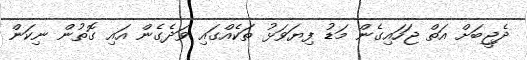
ދެޖީބަށް އަތް ޖަހައިގެން މަޑު ފިޔަވަޅު ތަކެއްގައި ވަދެގެން އައި ގޮތުން ނިކަން